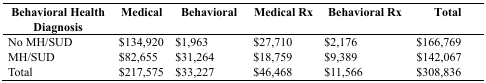
| Behavioral Health Diagnosis | Medical | Behavioral | Medical Rx | Behavioral Rx | Total |
 | --- | --- | --- | --- | --- | --- |
 | No MH/SUD | $134,920 | $1,963 | $27,710 | $2,176 | $166,769 |
 | MH/SUD | $82,655 | $31,264 | $18,759 | $9,389 | $142,067 |
 | Total | $217,575 | $33,227 | $46,468 | $11,566 | $308,836 |